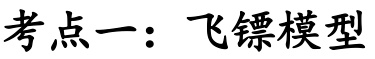
考点一：飞镖模型